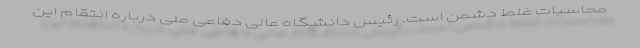
محاسبات غلط دشمن است. رئیس دانشگاه عالی دفاعی ملی درباره انتقام این